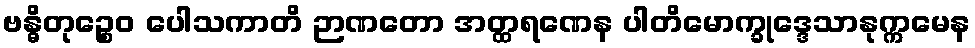
ဗန္ဓိတုဉ္စေဝ ပေါသကာတိ ဉာဏတော အတ္ထရဏေန ပါတိမောက္ခုဒ္ဒေသာနုက္ကမေန